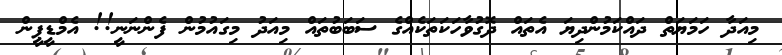
މިއަދާ ހަމަޔަތް ދައްކަމުންދިޔަ އެތައް ދޮގުވާހަކަތަކެއްގެ ސަބަބުތައް މިއަދު މިގައުމުން ފެންނަނީ!! އެމްޑީޕީން